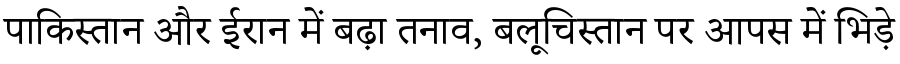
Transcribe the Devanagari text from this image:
पाकिस्तान और ईरान में बढ़ा तनाव, बलूचिस्तान पर आपस में भिड़े